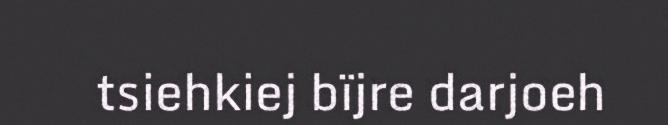
tsiehkiej bïjre darjoeh